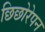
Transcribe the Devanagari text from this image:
छिछोरेपन